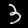
Digit: 3